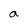
Character: a